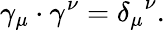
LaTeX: \gamma_{\mu}\cdot\gamma^{\nu}={\delta_{\mu}}^{\nu}.